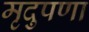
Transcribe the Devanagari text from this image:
मृदुपणा